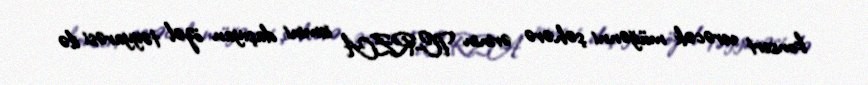
konsert verəcək müğənni şəhərə ərinin TC-RZA ismini daşıyan özəl təyyarəsi ilə